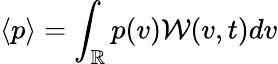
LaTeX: \langle p\rangle=\int_{\mathbb{R}}p(v)\mathcal W(v,t)dv